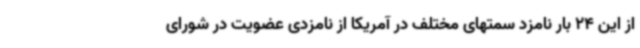
از این 24 بار نامزد سمتهای مختلف در آمریکا از نامزدی عضویت در شورای